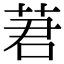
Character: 莙